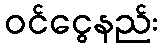
ဝင်ငွေနည်း